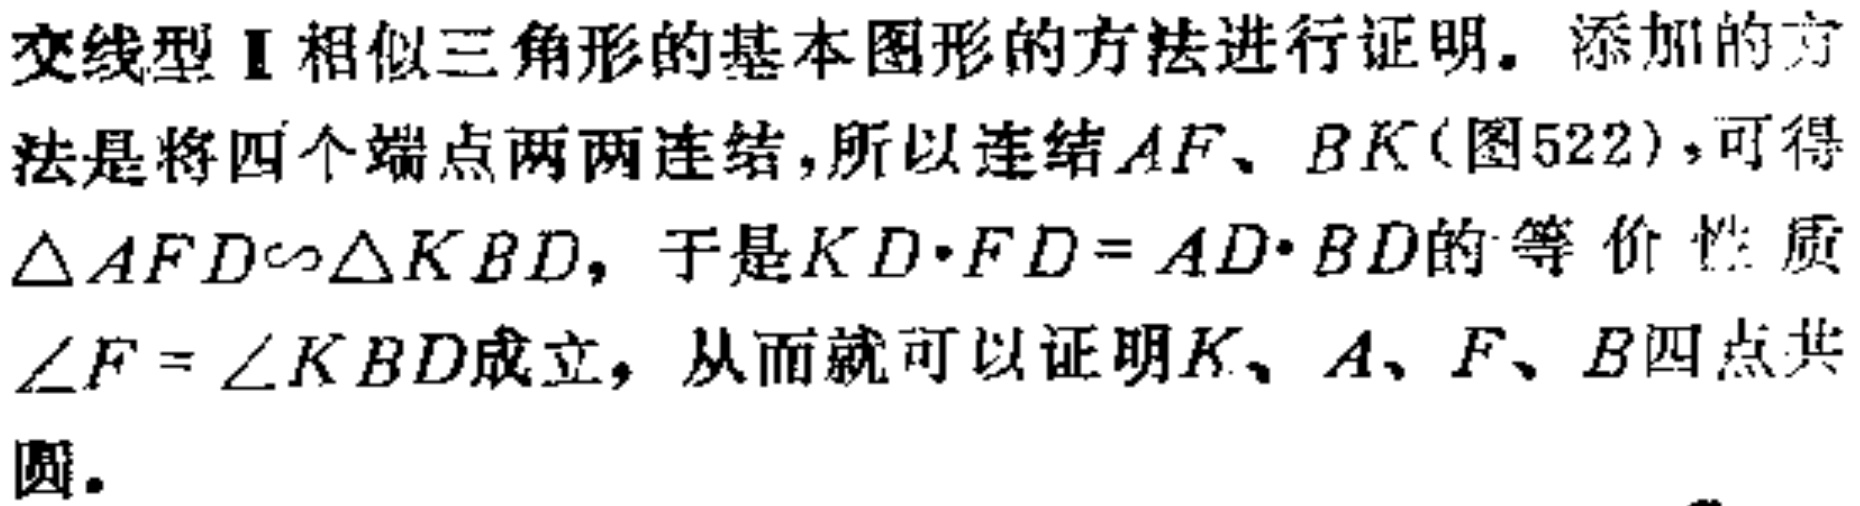
交线型Ⅱ相似三角形的基本图形的方法进行证明。添加的方法是将四个端点两两连结，所以连结 \(AF\)、\(BK\)（图522），可得 \(\triangle AFD\sim\triangle KBD\)，于是 \(KD\cdot FD = AD\cdot BD\) 的等价性质 \(\angle F=\angle KBD\) 成立，从而就可以证明 \(K\)、\(A\)、\(F\)、\(B\) 四点共圆。